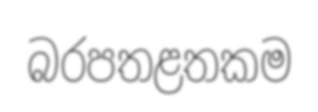
බරපතළතකම